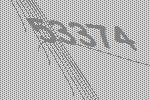
53374